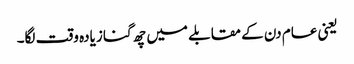
یعنی عام دن کے مقابلے میں چھ گنا زیادہ وقت لگا۔